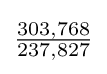
{\tfrac {303,768}{237,827}}